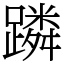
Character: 蹸